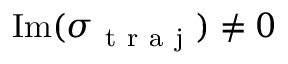
\mathrm { I m } ( \sigma _ { \mathrm { ~ t ~ r ~ a ~ j ~ } } ) \neq 0